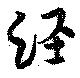
経